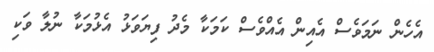
އެހެން ނަމަވެސް އެއިން އެއްވެސް ކަމަކާ މެދު ފިޔަވަޅު އެޅުމަކާ ނުލާ ވަކި